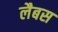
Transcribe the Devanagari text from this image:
लैबस